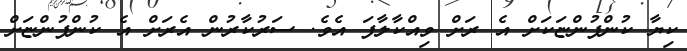
ކިޔާ ކުންފުންޏަކަށް އެ ރަށް ވިއްކާލާފަ އެވެ. ސަރުކާރުން އެރަށް އެ ކުންފުންޏަށް